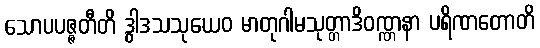
သောပပဇ္ဇတီတိ ဒွါဒသသုယေဝ မာတုဂါမသုတ္တာဒိဝဏ္ဏနာ ပရိဏတောတိ